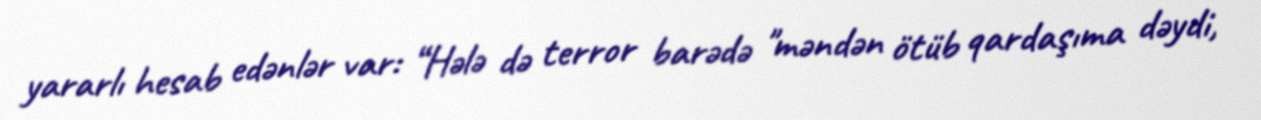
yararlı hesab edənlər var: “Hələ də terror barədə "məndən ötüb qardaşıma dəydi,